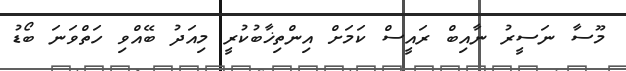
މޫސާ ނަސީރު ނާއިބް ރައީސް ކަމަށް އިންތިޚާބުކުރީ މިއަދު ބޭއްވި ހަތްވަނަ ބޯޑު